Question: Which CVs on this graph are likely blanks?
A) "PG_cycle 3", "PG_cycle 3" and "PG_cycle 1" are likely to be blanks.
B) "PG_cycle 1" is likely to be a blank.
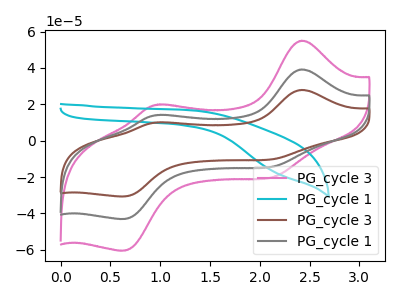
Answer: <think>The pink curve "PG_cycle 3" has anodic peaks at (2.40V, 78.35uA) (1.00V, 28.30uA) and cathodic peaks at (2.15V, -27.80uA) (0.65V, -86.00uA). The cyan curve "PG_cycle 1" has no peaks. The brown curve "PG_cycle 3" has anodic peaks at (2.40V, 27.90uA) (1.00V, 10.10uA) and cathodic peaks at (2.15V, -9.90uA) (0.65V, -30.65uA). The gray curve "PG_cycle 1" has anodic peaks at (2.40V, 39.20uA) (1.00V, 14.15uA) and cathodic peaks at (2.15V, -13.90uA) (0.65V, -43.00uA).</think>
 <answer>B) "PG_cycle 1" is likely to be a blank.</answer>
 <eval>B</eval>